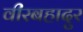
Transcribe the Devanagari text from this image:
वीरबहादुर